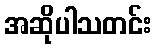
အဆိုပါသတင်း